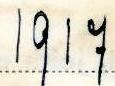
1917